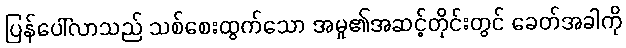
ပြန်ပေါ်လာသည် သစ်စေးထွက်သော အမှု၏အဆင့်တိုင်းတွင် ခေတ်အခါကို